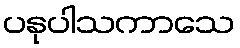
ပနုပါသကာသေ